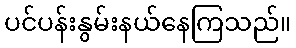
ပင်ပန်းနွမ်းနယ်နေကြသည်။